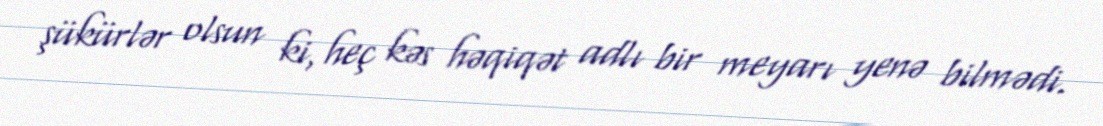
şükürlər olsun ki, heç kəs həqiqət adlı bir meyarı yenə bilmədi.